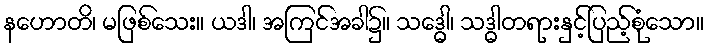
နဟောတိ၊ မဖြစ်သေး။ ယဒါ၊ အကြင်အခါ၌။ သဒ္ဓေါ၊ သဒ္ဓါတရားနှင့်ပြည့်စုံသော။